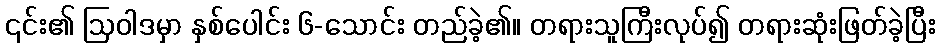
၎င်း၏ ဩဝါဒမှာ နှစ်ပေါင်း ၆-သောင်း တည်ခဲ့၏။ တရားသူကြီးလုပ်၍ တရားဆုံးဖြတ်ခဲ့ပြီး